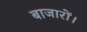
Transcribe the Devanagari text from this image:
बाजारों।